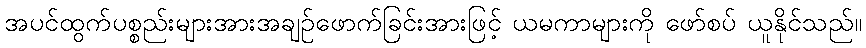
အပင်ထွက်ပစ္စည်းများအားအချဉ်ဖောက်ခြင်းအားဖြင့် ယမကာများကို ဖော်စပ် ယူနိုင်သည်။